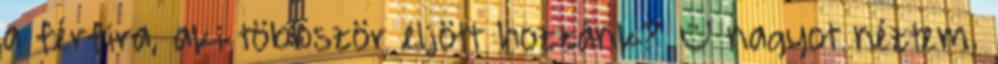
a férfira, aki többször eljött hozzánk? – nagyot néztem.